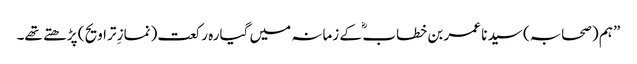
” ہم (صحابہ) سید نا عمر بن خطاب ؓ کے زمانہ میں گیارہ رکعت (نمازِ تراویح ) پڑھتے تھے۔